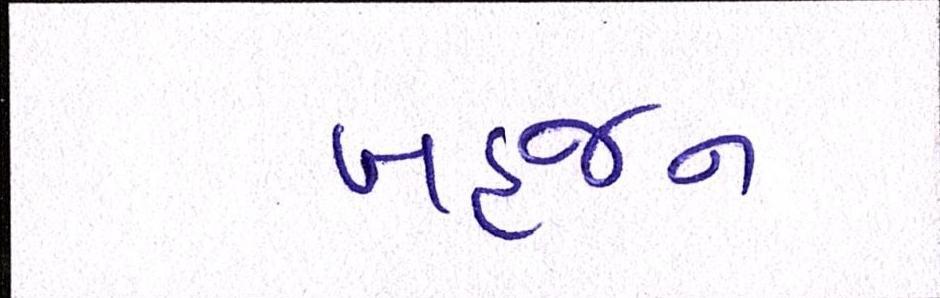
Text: બહજન